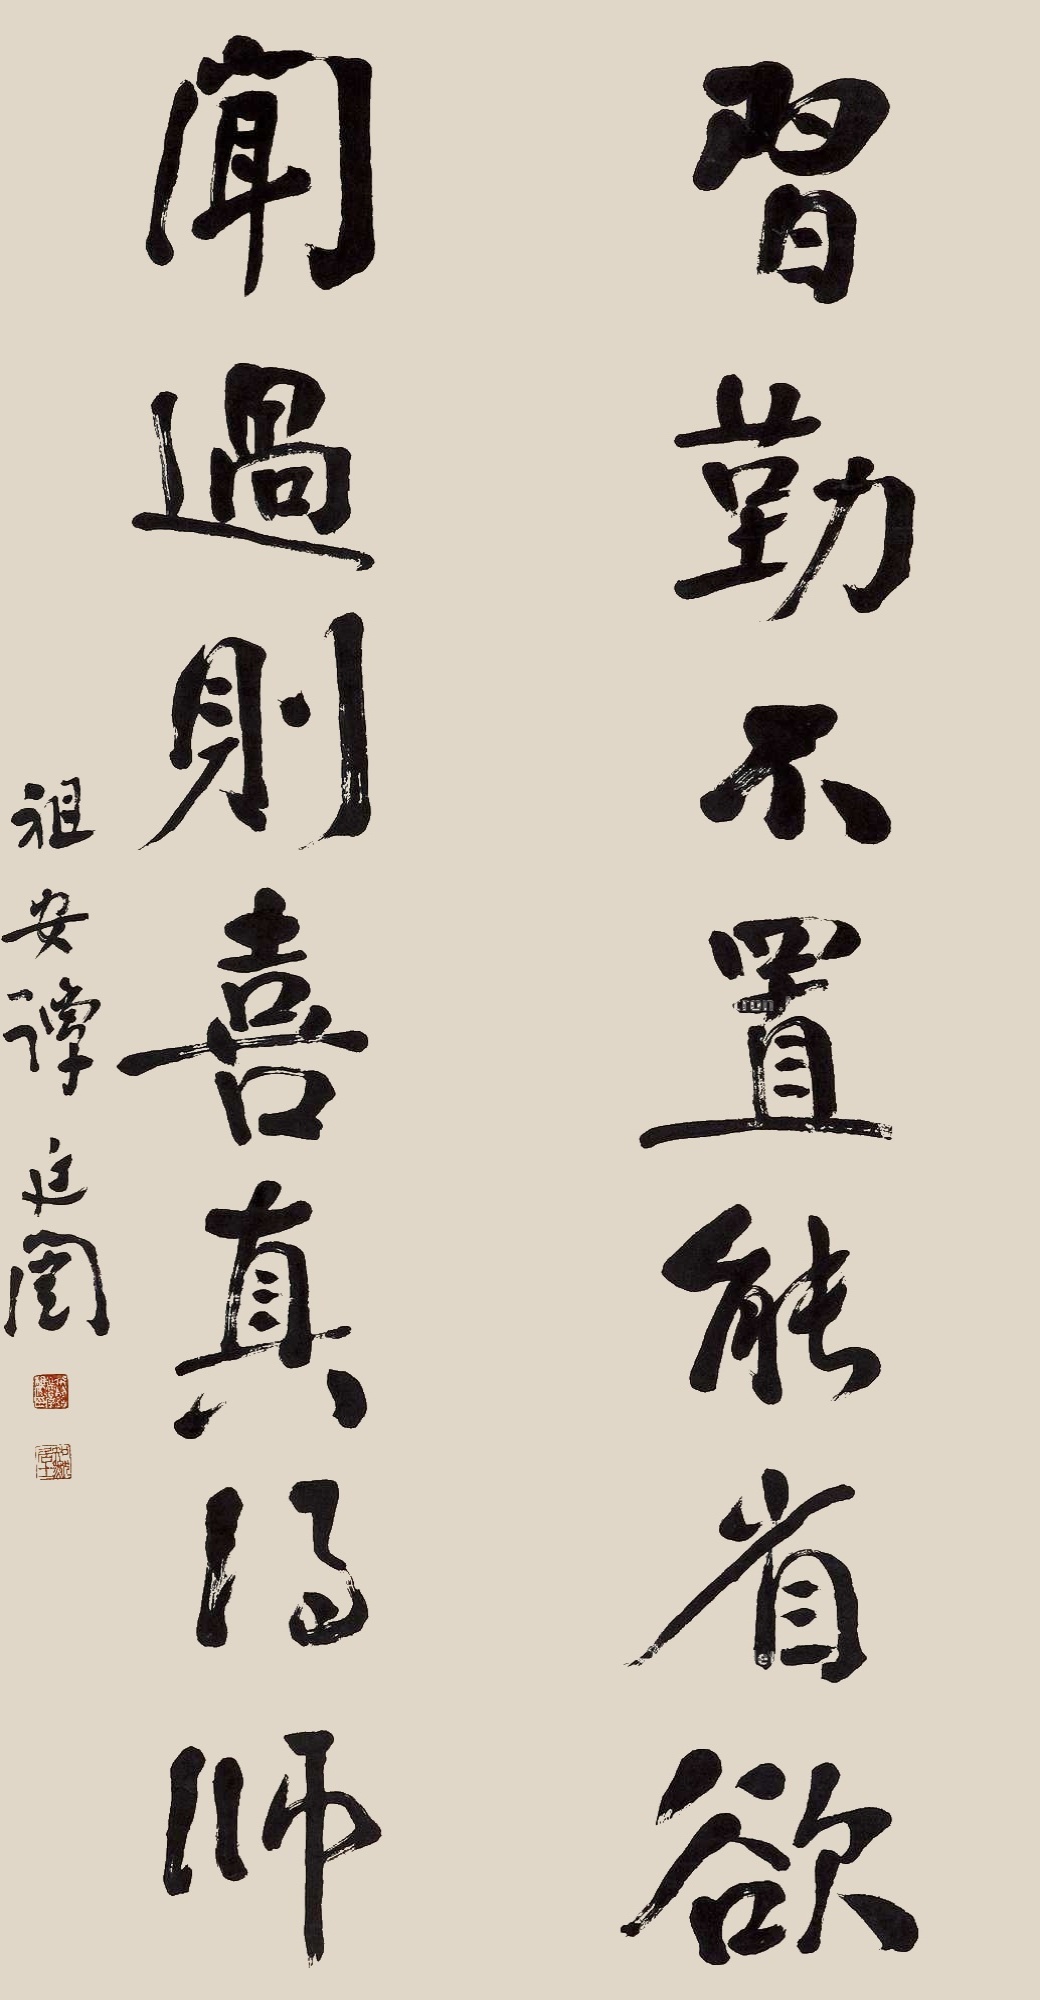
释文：习勤不置能省欲，闻过则喜真得师。祖安谭延闿。